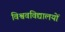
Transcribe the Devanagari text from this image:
विश्ववविद्यालयों